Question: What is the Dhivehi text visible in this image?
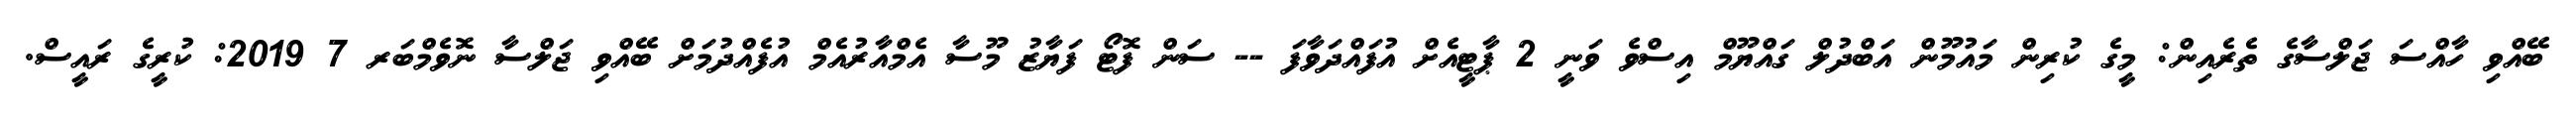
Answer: ބޭއްވި ހާއްސަ ޖަލްސާގެ ތެރެއިން: މީގެ ކުރިން މައުމޫން އަބްދުލް ގައްޔޫމް އިސްވެ ވަނީ 2 ޕާޓީއެށް އުފައްދަވާފަ -- ސަން ފޮޓޯ ފަޔާޒު މޫސާ އެމްއާރުއެމް އުފެއްދުމަށް ބޭއްވި ޖަލްސާ ނޮވެމްބަރ 7 2019: ކުރީގެ ރައީސް.